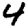
Digit: 4